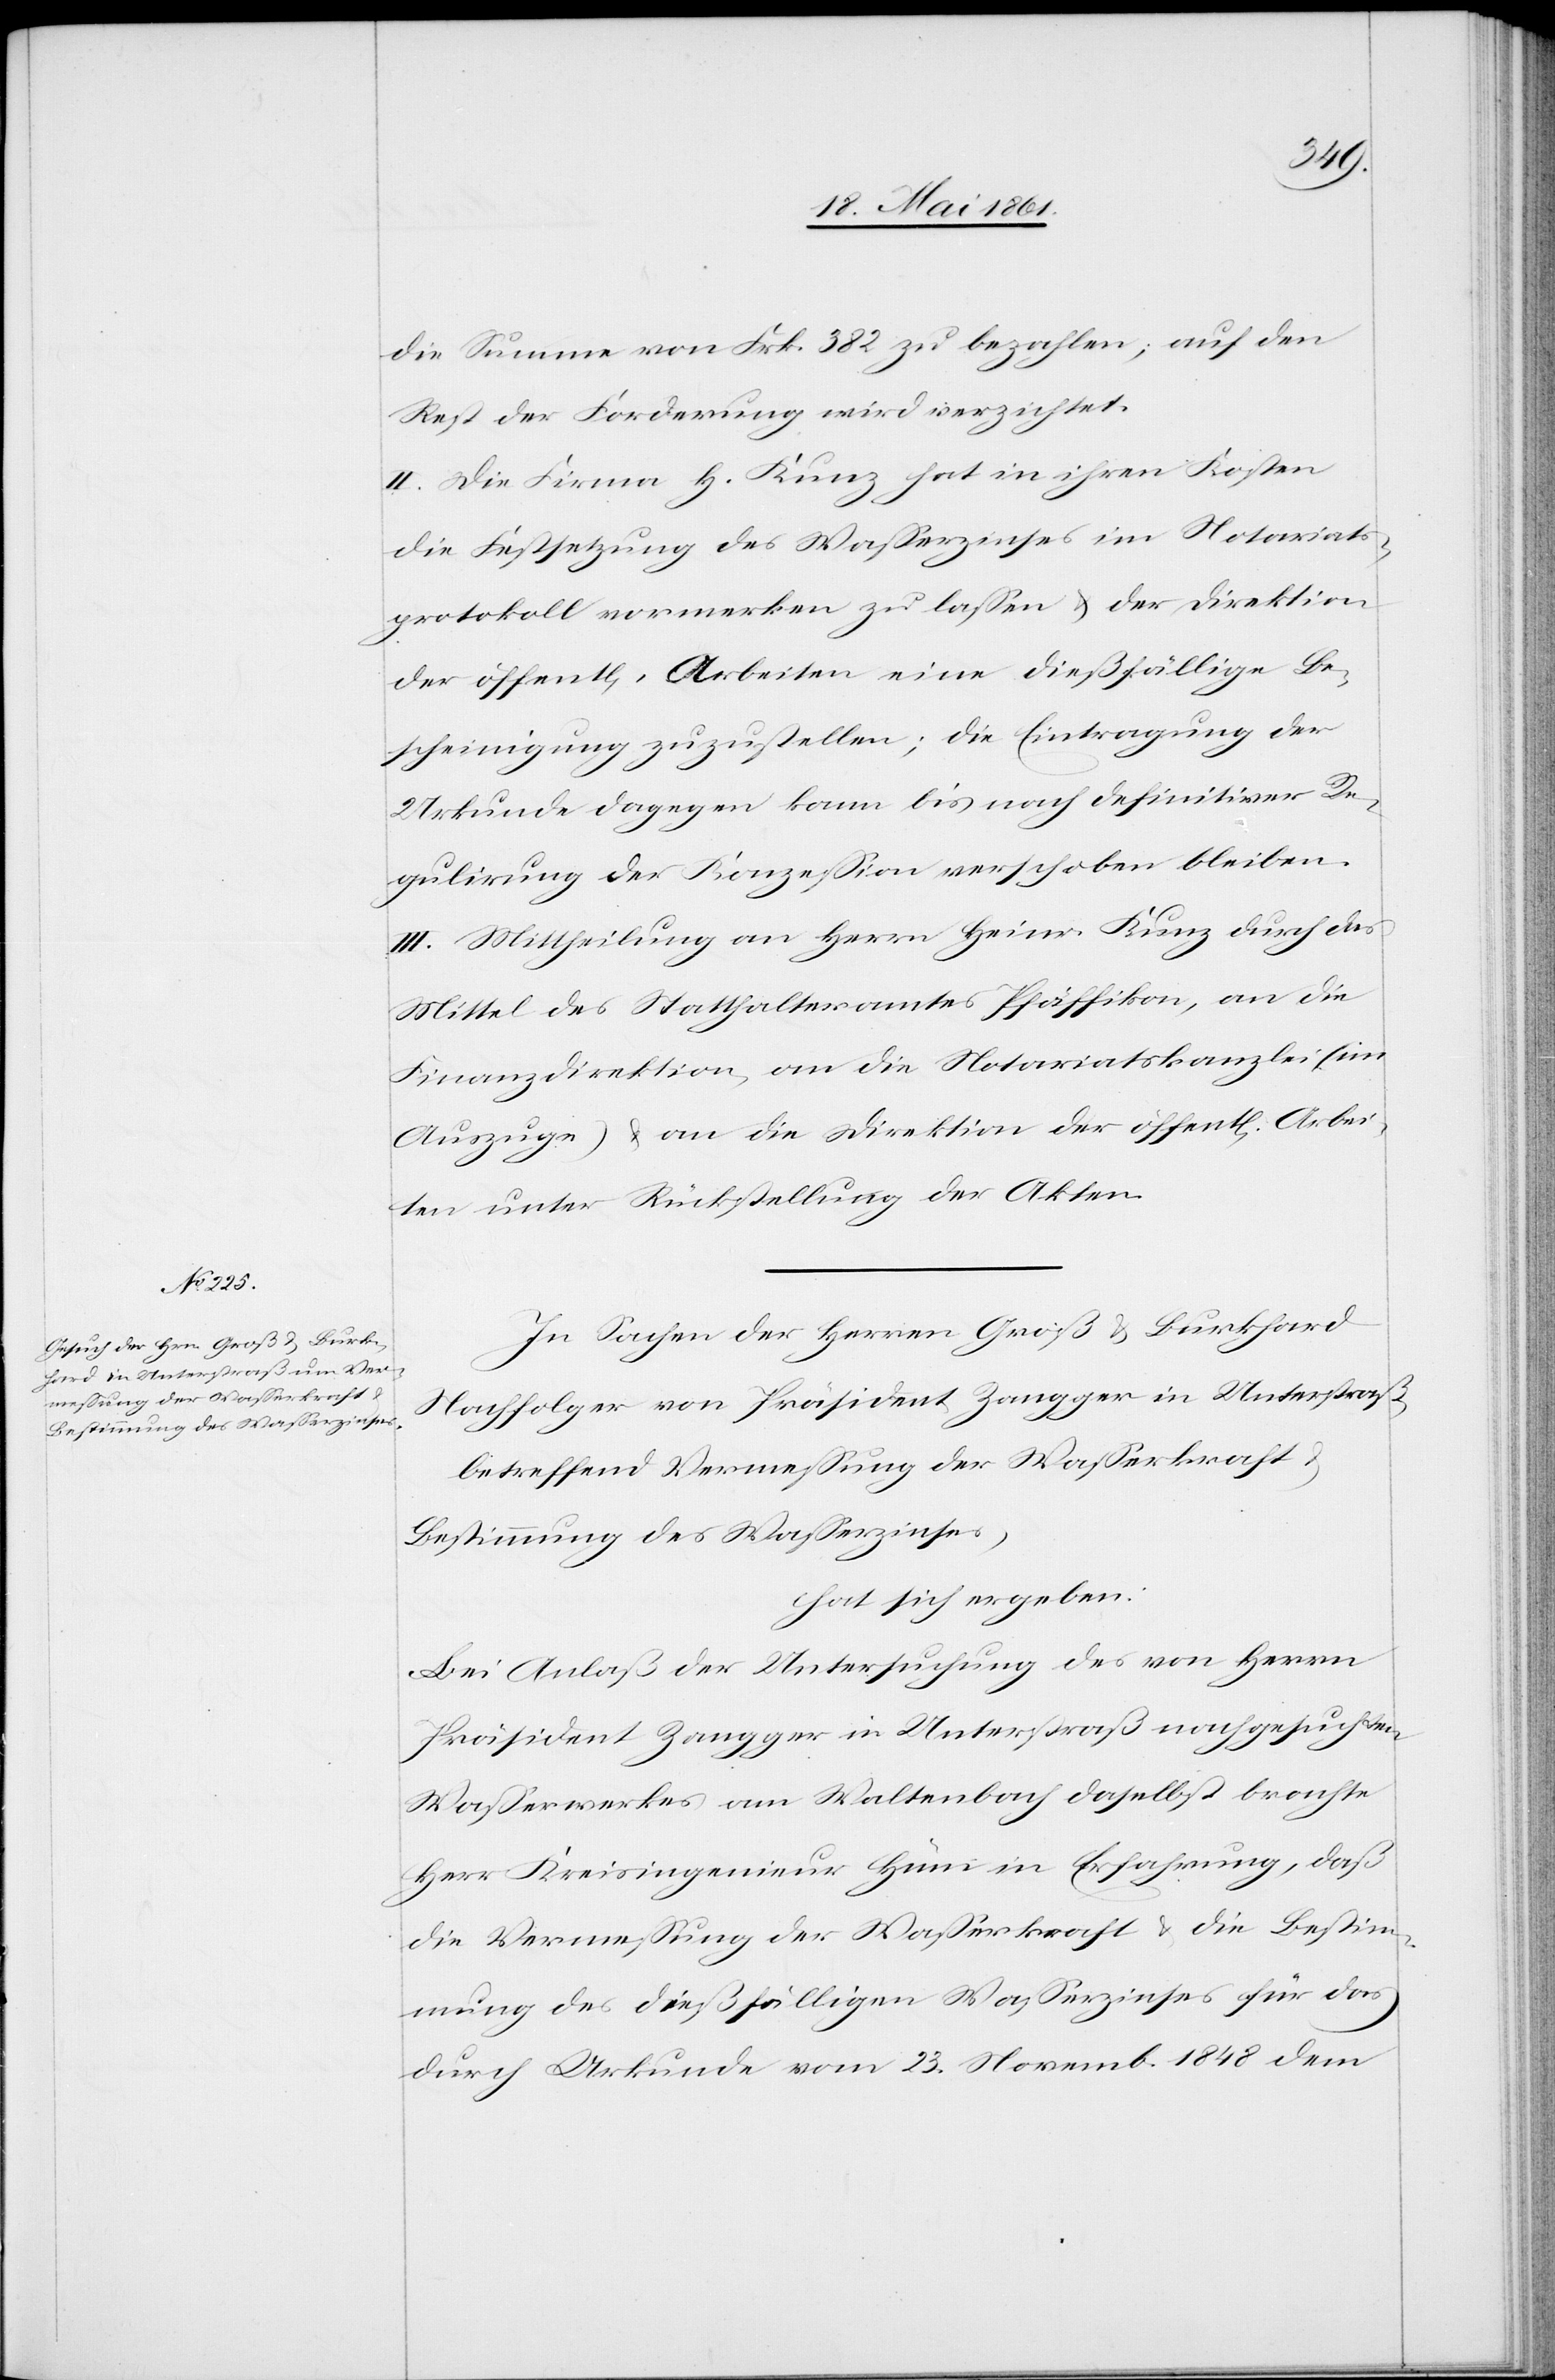
die Summe von Frk. 382 zu bezahlen; auf den
Rest der Forderung wird verzichtet.
II. Die Firma H. Kunz hat in ihren Kosten
die Festsetzung des Wasserzinses im Notariats¬
protokoll vormerken zu lassen u. der Direktion
der öffent[lichen] Arbeiten eine dießfällige Be¬
scheinigung zuzustellen; die Eintragung der
Urkunde dagegen kann bis nach definitiver Re¬
gulirung der Konzession verschoben bleiben.
III. Mittheilung an Herrn Heinr. Kunz durch das
Mittel des Statthalteramtes Pfäffikon, an die
Finanzdirektion, an die Notariatskanzlei (im
Auszuge) u. an die Direktion der öffent[lichen] Arbei¬
ten unter Rückstellung der Akten.
In Sachen der Herren Groß u. Burkhard
Nachfolger von Präsident Zangger in Unterstraß,
betreffend Vermessung der Wasserkraft u.
Bestimmung des Wasserzinses,
hat sich ergeben:
Bei Anlaß der Untersuchung des von Herrn
Präsident Zangger in Unterstraß nachgesuchten
Wasserwerkes am Waltenbach daselbst brachte
Herr Kreisingenieur Hüni in Erfahrung, daß
die Vermessung der Wasserkraft u. die Bestim¬
mung des dießfälligen Wasserzinses für das
durch Urkunde vom 23. Novemb. 1848 dem